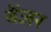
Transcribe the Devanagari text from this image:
बेंजर